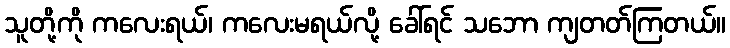
သူတို့ကို ကလေးရယ်၊ ကလေးမရယ်လို့ ခေါ်ရင် သဘော ကျတတ်ကြတယ်။